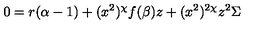
0 = r ( \alpha - 1 ) + ( x ^ { 2 } ) ^ { \chi } f ( \beta ) z + ( x ^ { 2 } ) ^ { 2 \chi } z ^ { 2 } \Sigma